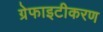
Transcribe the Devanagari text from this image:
ग्रेफाइटीकरण